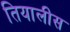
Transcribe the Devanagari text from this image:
तियालीस